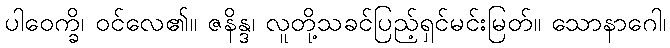
ပါဝေက္ခိ၊ ဝင်လေ၏။ ဇနိန္ဒ၊ လူတို့သခင်ပြည့်ရှင်မင်းမြတ်။ သောနာဂေါ၊